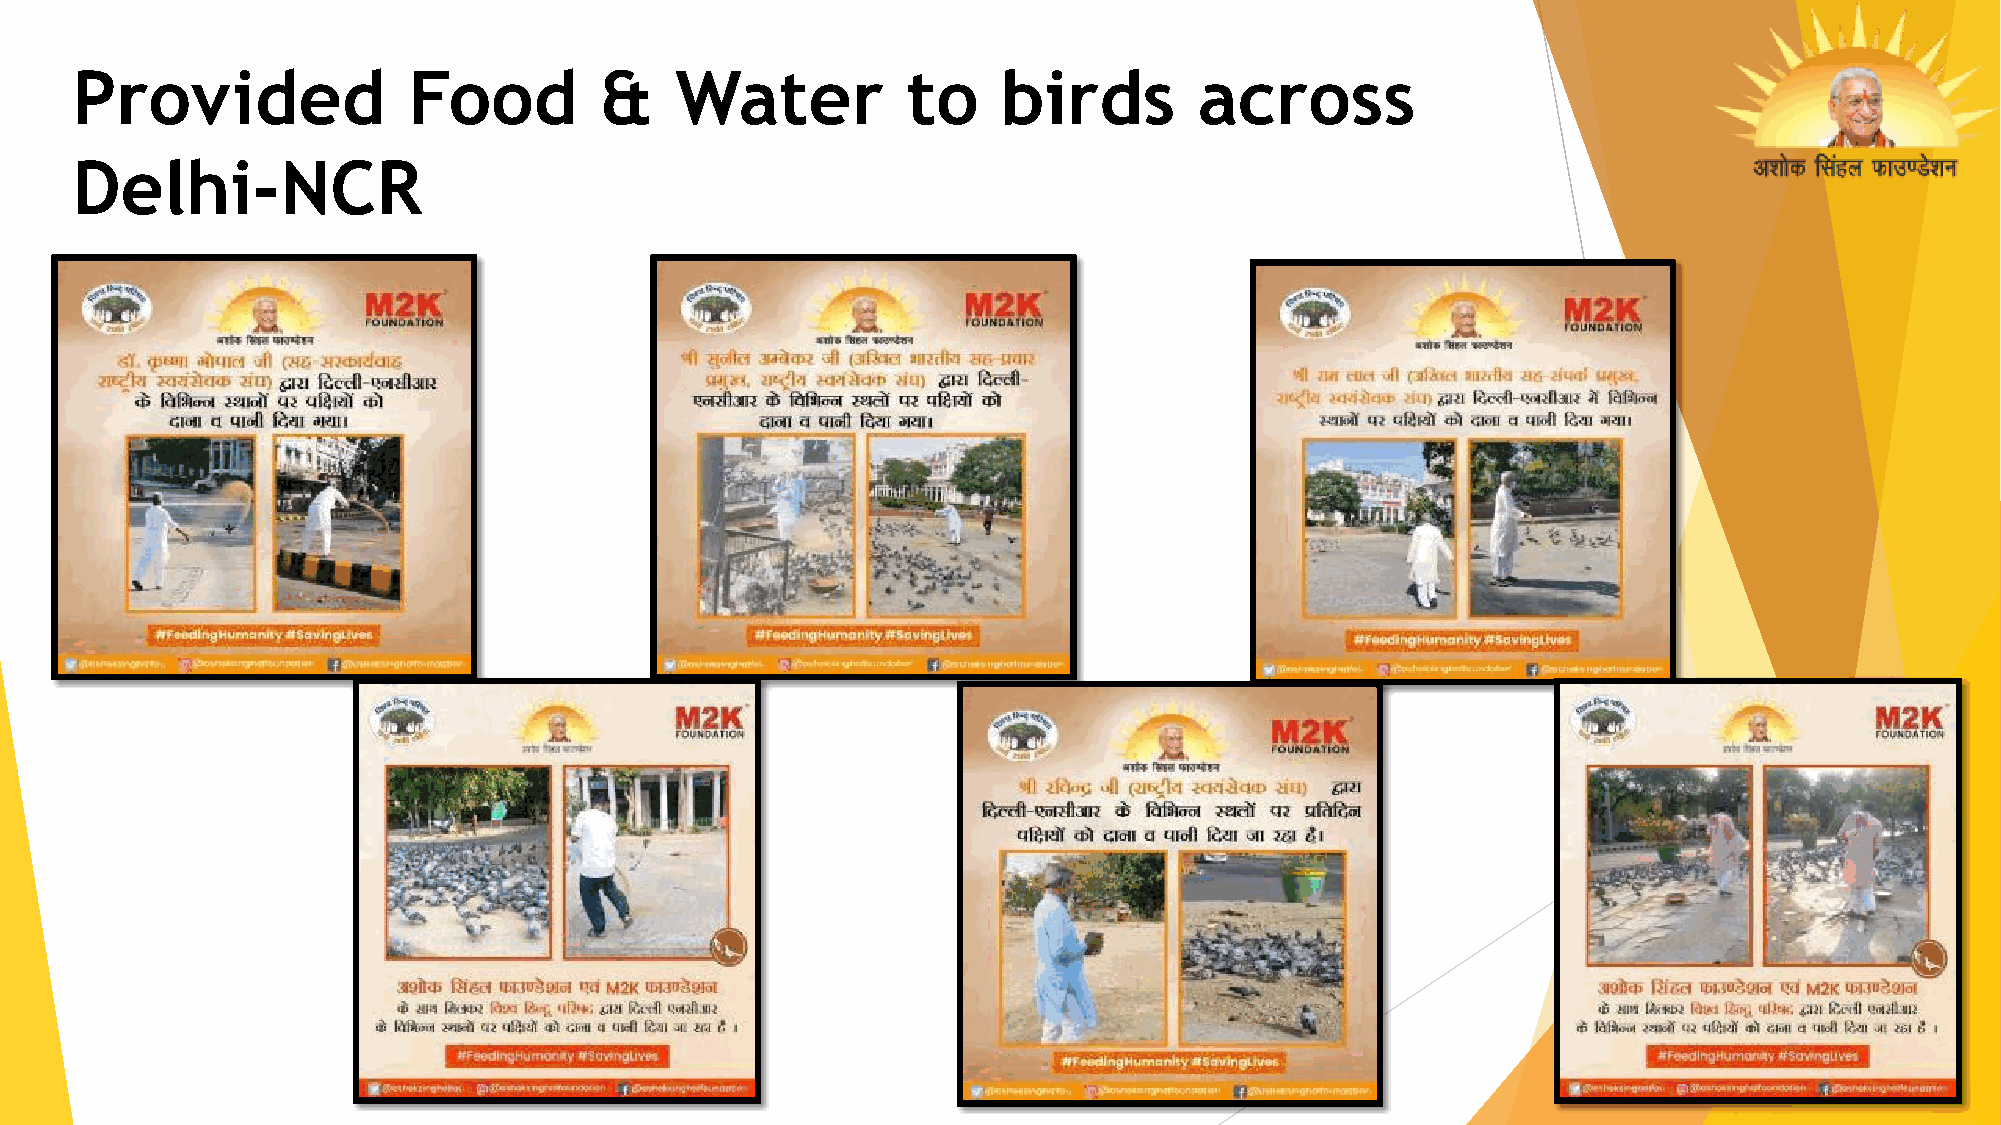
Provided              Food         &    Water          to    birds        across
 Delhi-NCR